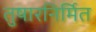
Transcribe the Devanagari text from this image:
तुषारनिर्मित